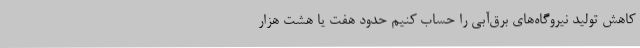
کاهش تولید نیروگاه‌های برق‌آبی را حساب کنیم حدود هفت یا هشت هزار